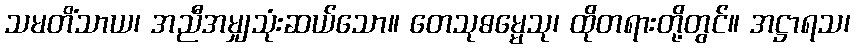
သမတိံသာယ၊ အညီအမျှသုံးဆယ်သော။ တေသုဓမ္မေသု၊ ထိုတရားတို့တွင်။ အဋ္ဌာရသ၊